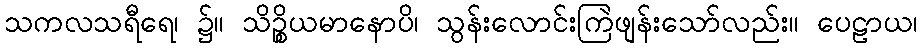
သကလသရီရေ၊ ၌။ သိဉ္စိယမာနောပိ၊ သွန်းလောင်းကြဲဖျန်းသော်လည်း။ ပေဠာယ၊